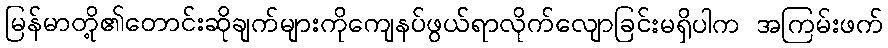
မြန်မာတို့၏တောင်းဆိုချက်များကိုကျေနပ်ဖွယ်ရာလိုက်လျောခြင်းမရှိပါက အကြမ်းဖက်